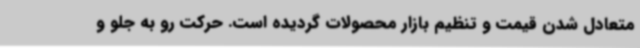
متعادل شدن قیمت و تنظیم بازار محصولات گردیده است. حرکت رو به جلو و